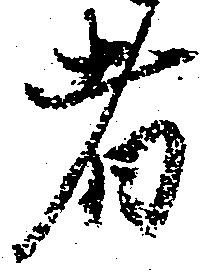
者